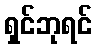
ရှင်ဘုရင်